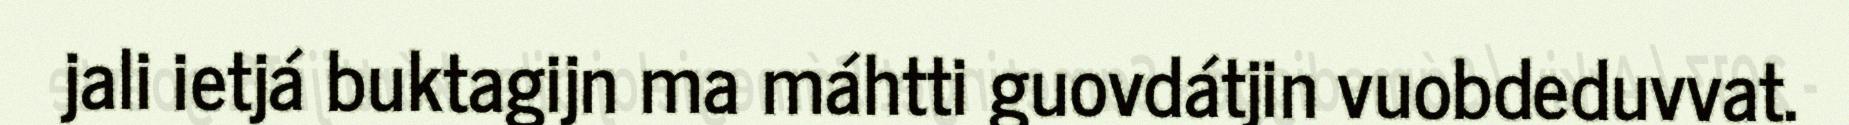
jali ietjá buktagijn ma máhtti guovdátjin vuobdeduvvat.